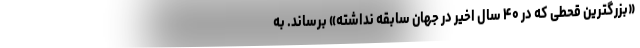
«بزرگترین قحطی که در ۴۰ سال اخیر در جهان سابقه نداشته» برساند. به